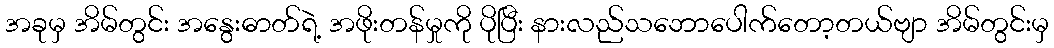
အခုမှ အိမ်တွင်း အနွေးဓာတ်ရဲ့ အဖိုးတန်မှုကို ပိုပြီး နားလည်သဘောပေါက်တော့တယ်ဗျာ အိမ်တွင်းမှ